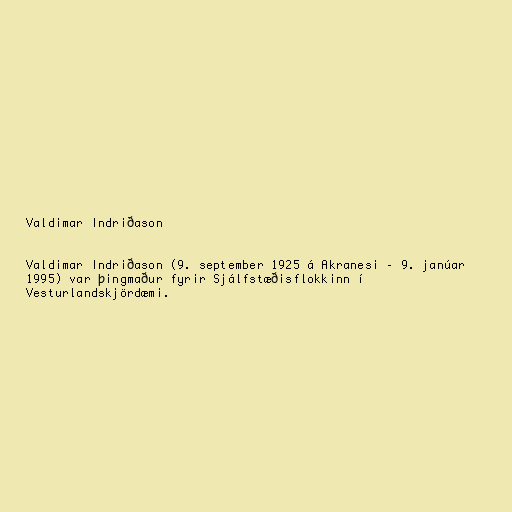
Valdimar Indriðason

Valdimar Indriðason (9. september 1925 á Akranesi – 9. janúar
1995) var þingmaður fyrir Sjálfstæðisflokkinn í
Vesturlandskjördæmi.